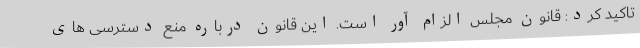
تاکید کرد: قانون مجلس الزام آور است. این قانون درباره منع دسترسی های